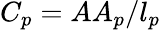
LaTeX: C_{p}=AA_{p}/l_{p}